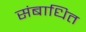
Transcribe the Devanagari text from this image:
संबाधित